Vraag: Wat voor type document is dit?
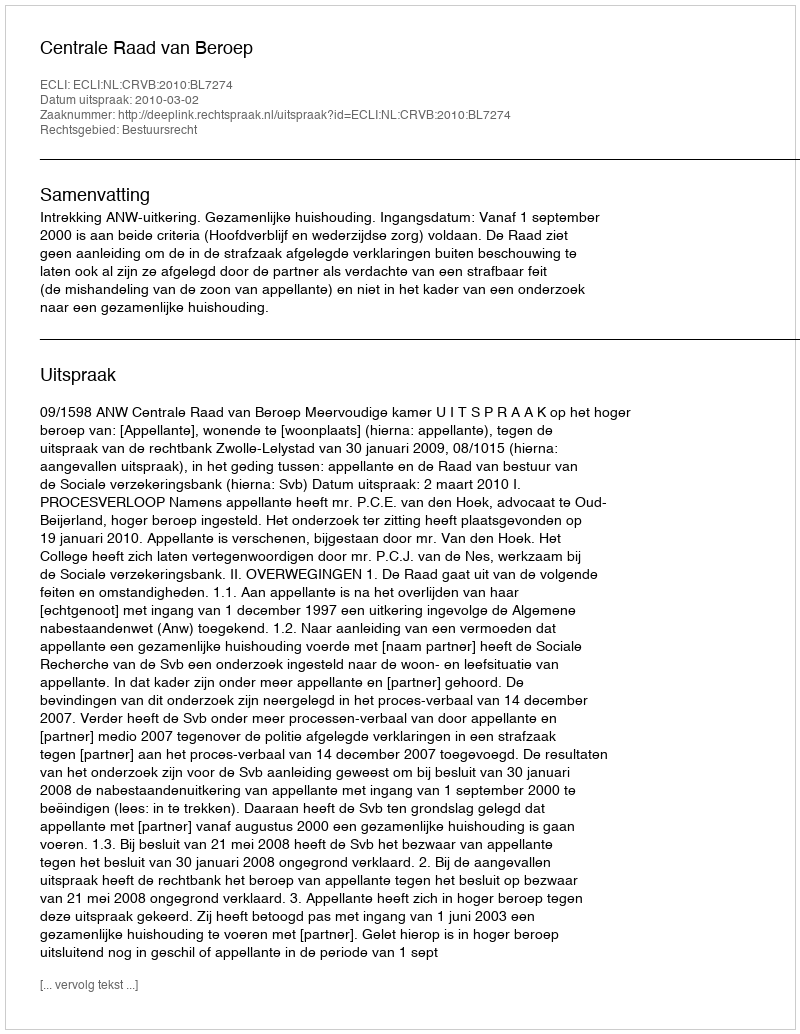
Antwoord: Uitspraak